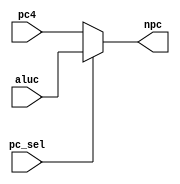
//pc_sel 1 aluc, 0 pc+4 
module pcSel (
    input pc_sel,
    input [31:0] aluc,
    input [31:0] pc4,
    output [31:0]  npc
);
assign npc = (pc_sel=='b1) ? aluc:pc4;
endmodule